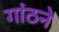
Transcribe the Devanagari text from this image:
गांठने